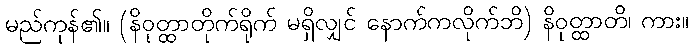
မည်ကုန်၏။ (နိဝုတ္ထာတိုက်ရိုက် မရှိလျှင် နောက်ကလိုက်ဘိ) နိဝုတ္ထာတိ၊ ကား။